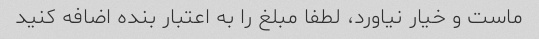
ماست و خیار نیاورد، لطفا مبلغ را به اعتبار بنده اضافه کنید